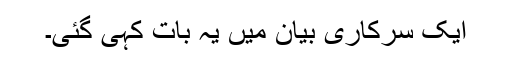
ایک سرکاری بیان میں یہ بات کہی گئی۔